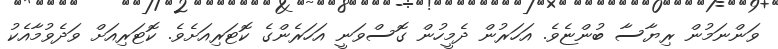
ވަންނަމުން ރިޔާސާ ބުންޏެވެ. އަހަރުން ދެމީހުން ގޮސްވަނީ އަހަރެންގެ ކޮޓަރިއަށެވެ. ކޮޓަރިއަށް ވަދެވުމާއެކު